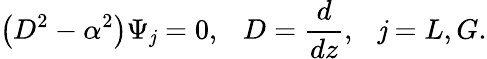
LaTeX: \left(D^{2}-\alpha^{2}\right)\Psi_{\mathit{j}}=0,\, \, \, \ D={\frac{{d}}{{dz}}},\, \, \, \ \mathit{j}=L,G.